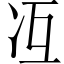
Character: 冱